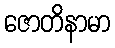
ဇောတိနာမာ